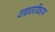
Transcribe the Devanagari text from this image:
वाद्यवर्गीकरण